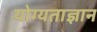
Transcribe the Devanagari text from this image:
योग्यताज्ञान